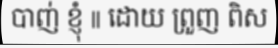
បាញ់ ខ្ញុំ || ដោយ ព្រួញ ពិស